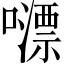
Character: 𡁼